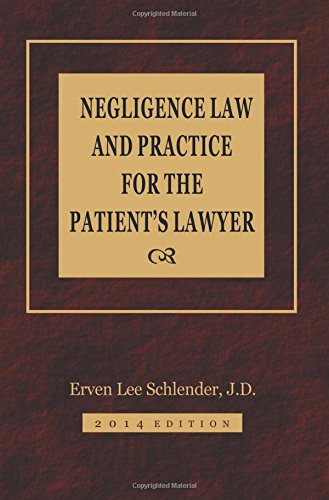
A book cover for Negligence Law and Practice for the Patient's Lawyer; Erven Lee J.D. Schlender; Law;